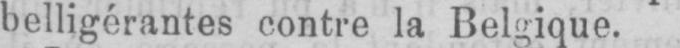
belligérantes contre la Belgique.